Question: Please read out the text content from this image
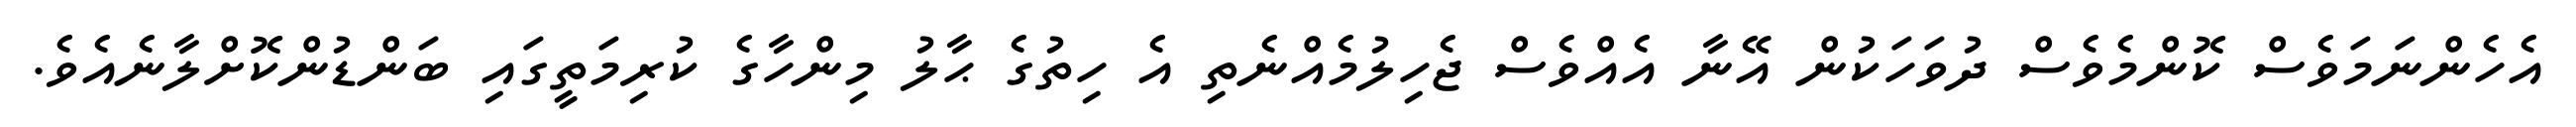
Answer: އެހެންނަމަވެސް ކޮންމެވެސް ދުވަހަކުން އޭނާ އެއްވެސް ޖެހިލުމެއްނެތި އެ ހިތުގެ ޙާލު މިންހާގެ ކުރިމަތީގައި ބަންޑުންކޮށްލާނެއެވެ.